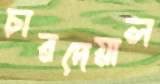
চারদেয়াল